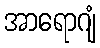
အာရောဂျံ